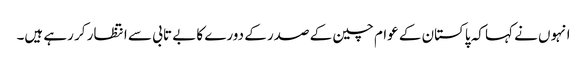
انہوں نے کہا کہ پاکستان کے عوام چین کے صدر کے دورے کا بے تابی سے انتظار کر رہے ہیں۔